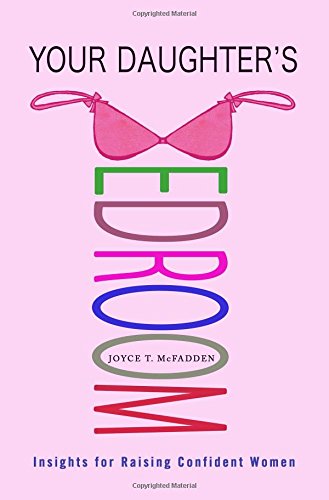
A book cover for Your Daughter's Bedroom: Insights for Raising Confident Women; Joyce T. McFadden; Parenting & Relationships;